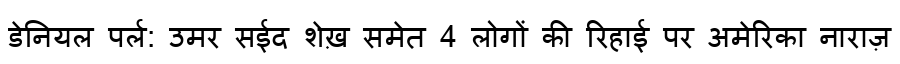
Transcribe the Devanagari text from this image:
डेनियल पर्ल: उमर सईद शेख़ समेत 4 लोगों की रिहाई पर अमेरिका नाराज़